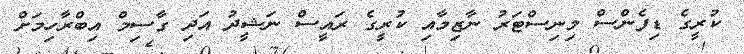
ކުރީގެ ޑިފެންސް މިނިސްޓަރު ނާޒިމާއި ކުރީގެ ރައީސް ނަޝީދު އަދި ގާސިމް އިބްރާހިމަށް